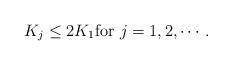
LaTeX: \begin{align*}K_j\leq 2K_1\textrm{for}\ j=1,2,\cdots.\end{align*}